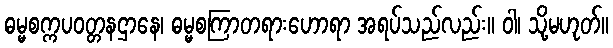
ဓမ္မစက္ကပဝတ္တနဌာနေ၊ ဓမ္မစကြာတရားဟောရာ အရပ်သည်လည်း။ ဝါ၊ သို့မဟုတ်။